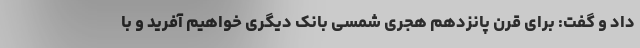
داد و گفت: برای قرن پانزدهم هجری شمسی بانک دیگری خواهیم آفرید و با